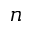
n